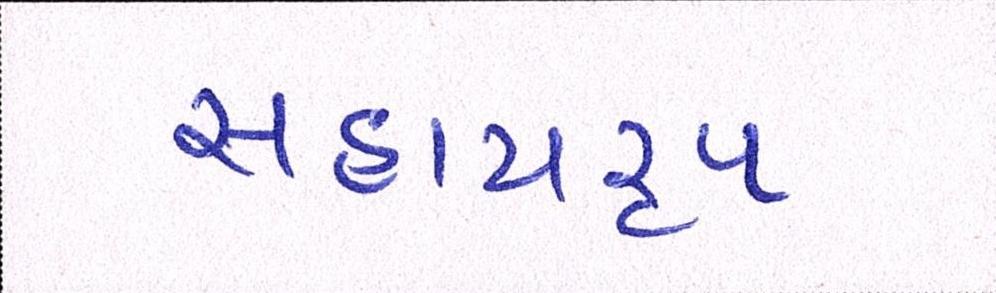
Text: સહાયરૃપ